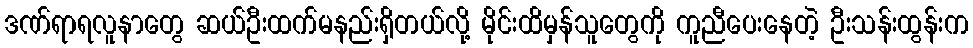
ဒဏ်ရာရလူနာတွေ ဆယ်ဦးထက်မနည်းရှိတယ်လို့ မိုင်းထိမှန်သူတွေကို ကူညီပေးနေတဲ့ ဦးသန်းထွန်းက